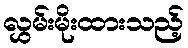
လွှမ်းမိုးထားသည့်